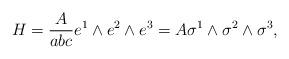
LaTeX: \begin{align*}H=\frac A{abc}e^1\wedge e^2\wedge e^3=A\sigma ^1\wedge \sigma ^2\wedge\sigma ^3,\end{align*}